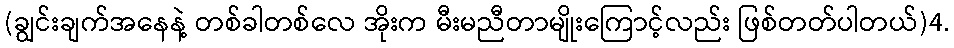
(ချွင်းချက်အနေနဲ့ တစ်ခါတစ်လေ အိုးက မီးမညီတာမျိုးကြောင့်လည်း ဖြစ်တတ်ပါတယ်)4.